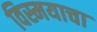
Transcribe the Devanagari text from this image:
विस्मयाचा